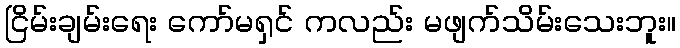
ငြိမ်းချမ်းရေး ကော်မရှင် ကလည်း မဖျက်သိမ်းသေးဘူး။